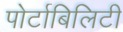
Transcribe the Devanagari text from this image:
पोर्टाबिलिटी